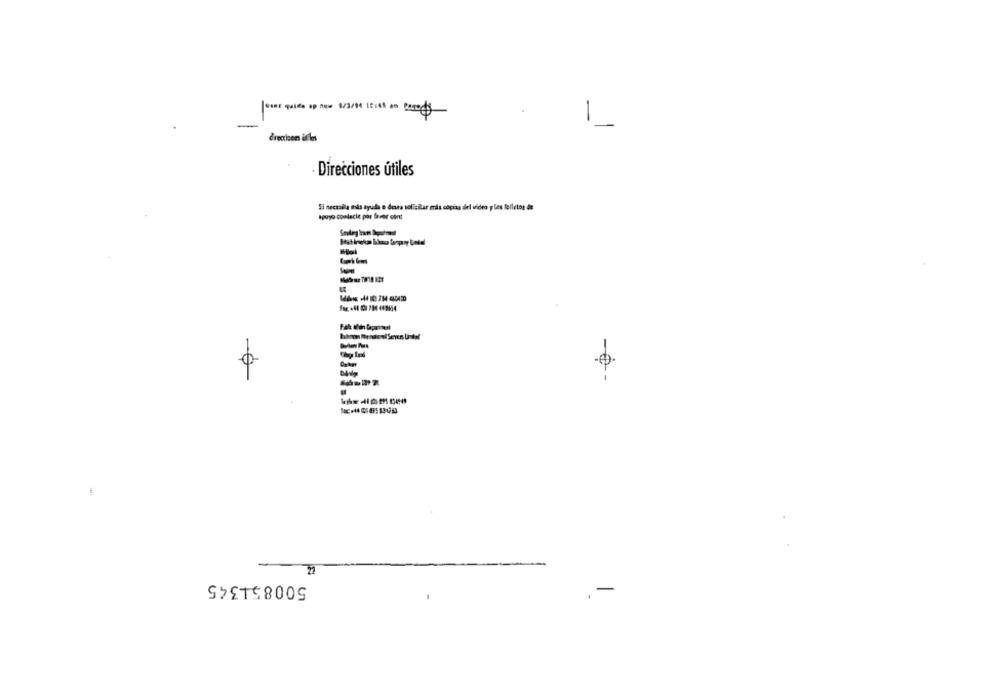
loser quide up now 8/3/04 15:45 an Pas$
1
directionm üfiles
Direcciones útiles
Si necasila más ayuda o desea solicitar más copias del video y les folletos de
apoyo conlacie por favor cent
-
-0
500851345
-